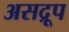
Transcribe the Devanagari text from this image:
असद्रूप